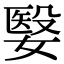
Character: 嫛